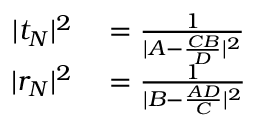
\begin{array} { r l } { | t _ { N } | ^ { 2 } } & { { } = \frac { 1 } { | A - \frac { C B } { D } | ^ { 2 } } } \\ { | r _ { N } | ^ { 2 } } & { { } = \frac { 1 } { | B - \frac { A D } { C } | ^ { 2 } } } \end{array}